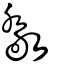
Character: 敿